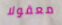
معقولا